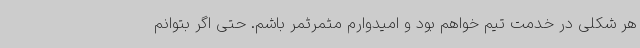
هر شکلی در خدمت تیم خواهم بود و امیدوارم مثمرثمر باشم. حتی اگر بتوانم